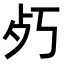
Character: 𭭿